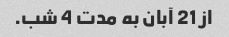
از 21 آبان به مدت 4 شب.